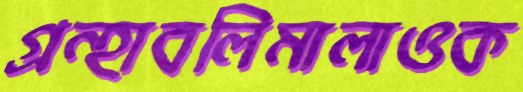
গ্রন্হাবলিমালাওক